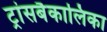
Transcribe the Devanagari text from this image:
ट्रांसबैकालिका